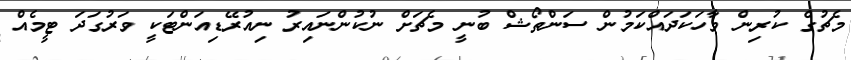
މެޗުގެ ކުރިން ވާހަކަދައްކަމުން ސަންތޯޝް ބުނީ މެޗަށް ނުކުންނައިރު ނިއުރޭޑިއަންޓަކީ ވަރުގަދަ ޓީމެއް